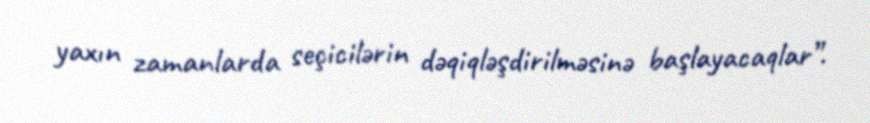
yaxın zamanlarda seçicilərin dəqiqləşdirilməsinə başlayacaqlar”.